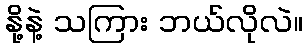
နို့နဲ့ သကြား ဘယ်လိုလဲ။